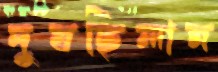
দুষছিলাম